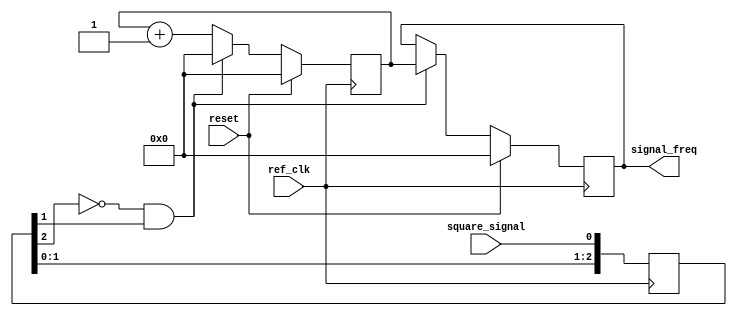
// ***************************************************************************
// ***************************************************************************
// Copyright 2011(c) Analog Devices, Inc.
//
// All rights reserved.
//
// Redistribution and use in source and binary forms, with or without modification,
// are permitted provided that the following conditions are met:
//     - Redistributions of source code must retain the above copyright
//       notice, this list of conditions and the following disclaimer.
//     - Redistributions in binary form must reproduce the above copyright
//       notice, this list of conditions and the following disclaimer in
//       the documentation and/or other materials provided with the
//       distribution.
//     - Neither the name of Analog Devices, Inc. nor the names of its
//       contributors may be used to endorse or promote products derived
//       from this software without specific prior written permission.
//     - The use of this software may or may not infringe the patent rights
//       of one or more patent holders.  This license does not release you
//       from the requirement that you obtain separate licenses from these
//       patent holders to use this software.
//     - Use of the software either in source or binary form, must be run
//       on or directly connected to an Analog Devices Inc. component.
//
// THIS SOFTWARE IS PROVIDED BY ANALOG DEVICES "AS IS" AND ANY EXPRESS OR IMPLIED WARRANTIES,
// INCLUDING, BUT NOT LIMITED TO, NON-INFRINGEMENT, MERCHANTABILITY AND FITNESS FOR A
// PARTICULAR PURPOSE ARE DISCLAIMED.
//
// IN NO EVENT SHALL ANALOG DEVICES BE LIABLE FOR ANY DIRECT, INDIRECT, INCIDENTAL, SPECIAL,
// EXEMPLARY, OR CONSEQUENTIAL DAMAGES (INCLUDING, BUT NOT LIMITED TO, INTELLECTUAL PROPERTY
// RIGHTS, PROCUREMENT OF SUBSTITUTE GOODS OR SERVICES; LOSS OF USE, DATA, OR PROFITS; OR
// BUSINESS INTERRUPTION) HOWEVER CAUSED AND ON ANY THEORY OF LIABILITY, WHETHER IN CONTRACT,
// STRICT LIABILITY, OR TORT (INCLUDING NEGLIGENCE OR OTHERWISE) ARISING IN ANY WAY OUT OF
// THE USE OF THIS SOFTWARE, EVEN IF ADVISED OF THE POSSIBILITY OF SUCH DAMAGE.
// ***************************************************************************
// ***************************************************************************
// ***************************************************************************
// ***************************************************************************

module util_pmod_fmeter_core (
  ref_clk,
  reset,
  square_signal,
  signal_freq);

  input           ref_clk;
  input           reset;
  input           square_signal;
  output  [31:0]  signal_freq;

  // registers

  reg     [31:0]  signal_freq         = 'h0;
  reg     [31:0]  signal_freq_counter = 'h0;
  reg     [ 2:0]  square_signal_buf   = 'h0;

  wire            signal_freq_en;

  assign signal_freq_en = ~square_signal_buf[2] & square_signal_buf[1];

  // internal signals

  always @(posedge ref_clk) begin
    square_signal_buf[0]    <= square_signal;
    square_signal_buf[2:1]  <= square_signal_buf[1:0];
  end

  always @(posedge ref_clk) begin
    if (reset == 1'b1) begin
      signal_freq <= 32'b0;
      signal_freq_counter <= 32'b0;
    end else begin
      if(signal_freq_en == 1'b1) begin
        signal_freq <= signal_freq_counter;
        signal_freq_counter <= 32'h0;
      end else begin
        signal_freq_counter <= signal_freq_counter + 32'h1;
      end
    end
  end

endmodule